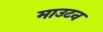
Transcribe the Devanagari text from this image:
माउटन